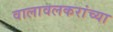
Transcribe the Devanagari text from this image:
वालावलकरांच्या